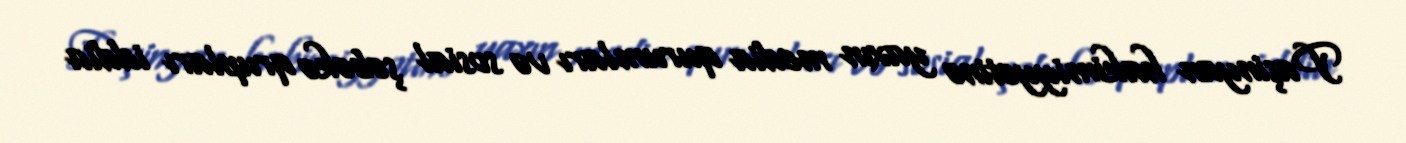
Paşinyan hakimiyyətinə yaxın media qurumları və sosial şəbəkə qrupları iddia